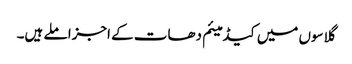
گلاسوں میں کیڈمیئم دھات کے اجزا ملے ہیں۔